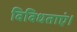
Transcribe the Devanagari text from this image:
विविधताएं।